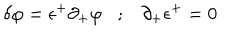
LaTeX: \delta \varphi = \epsilon ^ { + } \partial _ { + } \varphi ; \partial _ { + } \epsilon ^ { + } = 0